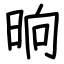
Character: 晌